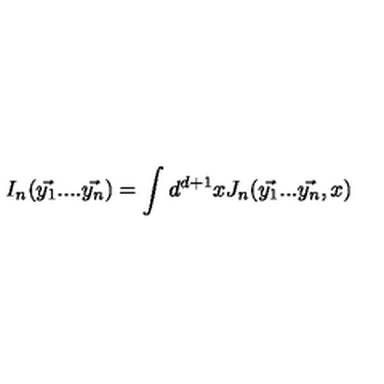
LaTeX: I _ { n } ( \vec { y _ { 1 } } . . . . \vec { y _ { n } } ) = \int d ^ { d + 1 } x J _ { n } ( \vec { y _ { 1 } } . . . \vec { y _ { n } } , x )